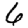
Digit: 6